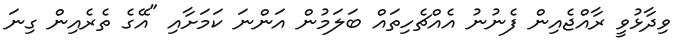
ވިދާޅުވީ ރާއްޖެއިން ފެނުނު އެއްޗެހިތައް ބަލަމުން އަންނަ ކަމަށާއި "އޭގެ ތެރެއިން ގިނަ